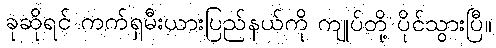
ခုဆိုရင် ကက်ရှမီးယားပြည်နယ်ကို ကျုပ်တို့ ပိုင်သွားပြီ။